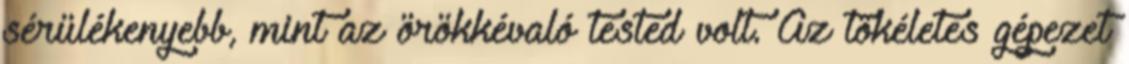
sérülékenyebb, mint az örökkévaló tested volt. Az tökéletes gépezet